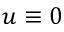
u \equiv 0